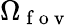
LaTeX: \Omega_{\mathrm{~f~o~v~}}